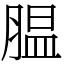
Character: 腽